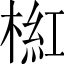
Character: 𣖘